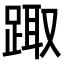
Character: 踙